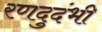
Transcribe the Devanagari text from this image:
रणदुदंभी